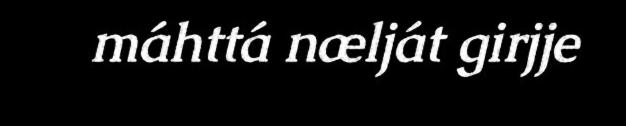
máhttá nælját girjje